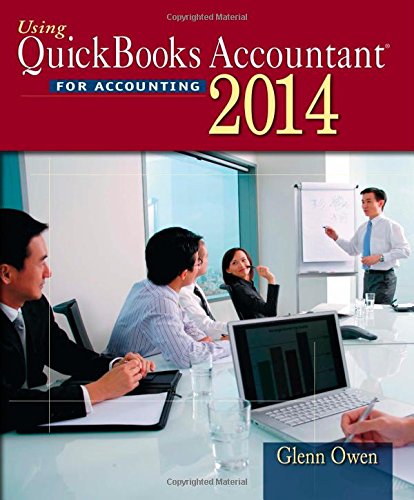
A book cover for Using Quickbooks Accountant 2014 (with CD-ROM); Glenn Owen; Computers & Technology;